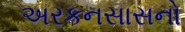
અરકનસાસનો